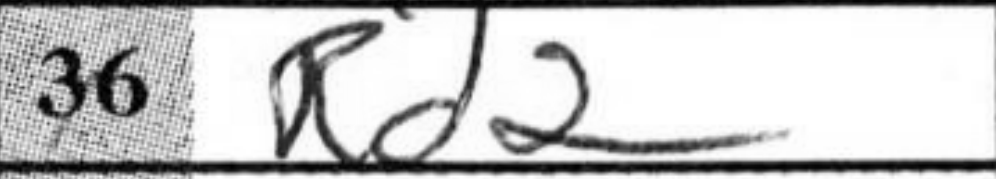
Transcription: Rd2